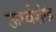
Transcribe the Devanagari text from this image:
ऊर्ध्वशंख